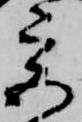
宮